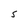
Character: S